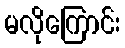
မလိုကြောင်း